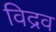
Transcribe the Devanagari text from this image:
विद्रव